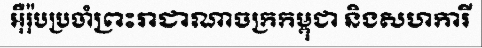
អ៊ឺរ៉ុបប្រចាំព្រះរាជាណាចក្រកម្ពុជា និងសហការី